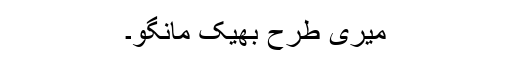
میری طرح بھیک مانگو۔